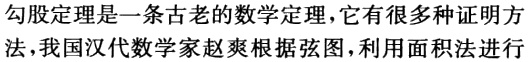
勾股定理是一条古老的数学定理，它有很多种证明方法，我国汉代数学家赵爽根据弦图，利用面积法进行